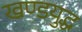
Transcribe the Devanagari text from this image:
खण्डयुद्ध